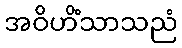
အဝိဟိံသာသညံ